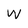
Character: w